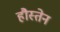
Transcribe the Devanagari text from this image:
हौस्तेन